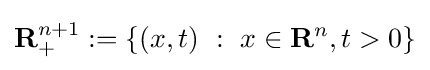
\mathbf {R} _{+}^{n+1}:=\left\{(x,t)\ :\ x\in \mathbf {R} ^{n},t>0\right\}